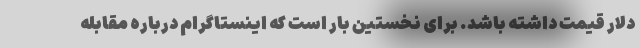
دلار قیمت داشته باشد. برای نخستین بار است که اینستاگرام درباره مقابله